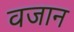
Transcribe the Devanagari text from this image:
वजान